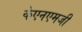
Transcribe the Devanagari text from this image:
केएनएमजी